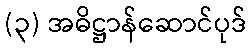
(၃) အဓိဋ္ဌာန်ဆောင်ပုဒ်